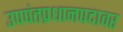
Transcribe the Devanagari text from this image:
उपपंतप्रधानपदावर